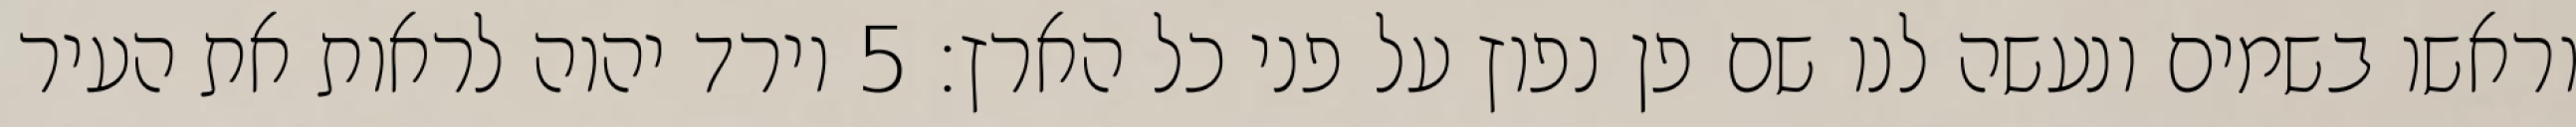
וראשו בשמים ונעשה לנו שם פן נפוץ על פני כל הארץ׃ ‎5‏ וירד יהוה לראות את העיר